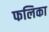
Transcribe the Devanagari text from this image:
फलिका